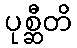
ပုစ္ဆီတိ